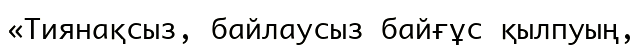
«Тиянақсыз, байлаусыз байғұс қылпуың,